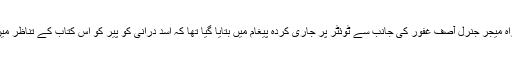
اس سے قبل پاکستانی فوج کے شعبۂ تعلقات عامہ کے سربراہ میجر جنرل آصف غفور کی جانب سے ٹوئٹر پر جاری کردہ پیغام میں بتایا گیا تھا کہ اسد درانی کو پیر کو اس کتاب کے تناظر میں اپنی پوزیش واضح کرنے کے لیے جی ایچ کیو بلایا گیا تھا۔